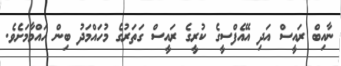
ނާއިބް ރައީސް އަދި އޭއެފްސީގެ ކުރީގެ ރައީސް ގަތަރުގެ މުހައްމަދު ބިން ހައްމާމަށެވެ.